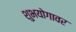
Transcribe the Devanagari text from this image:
शुभयोगावर